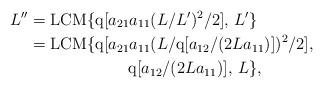
LaTeX: \begin{align*}L''& ={\rm LCM}\{ {\rm q}[a_{21} a_{11} (L/L')^2/2],\, L'\} \\ & ={\rm LCM}\{{\rm q}[a_{21} a_{11} (L/{\rm q}[a_{12} /(2 L a_{11})])^2/2], \\ & \hskip1in {\rm q}[a_{12} /(2 L a_{11})],\, L\},\end{align*}